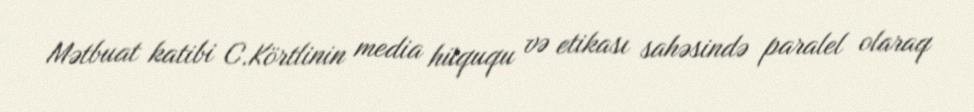
Mətbuat katibi C.Körtlinin media hüququ və etikası sahəsində paralel olaraq